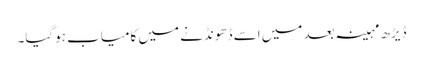
ڈیڑھ مہینہ بعد میں اسے ڈھونڈنے میں کامیاب ہوگیا۔